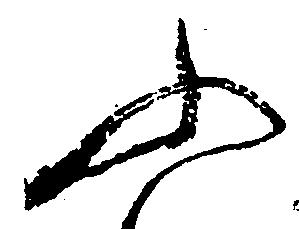
ふ